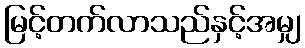
မြင့်တက်လာသည်နှင့်အမျှ